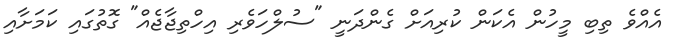
އެއްވެ ތިބި މީހުން އެކަން ކުރިއަށް ގެންދަނީ "ސުލްހަވެރި އިހްތިޖާޖެއް" ގޮތުގައި ކަމަށާއި